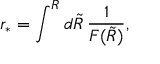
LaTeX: { r _ { * } } = \int ^ { R } d \tilde { R } \, \frac { 1 } { { \cal F } ( \tilde { R } ) } ,